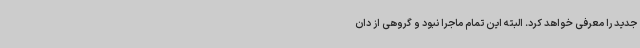
جدید را معرفی خواهد کرد. البته این تمام ماجرا نبود و گروهی از دان